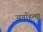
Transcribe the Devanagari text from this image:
अवहित्था